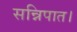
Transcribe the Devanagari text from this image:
सन्निपात।